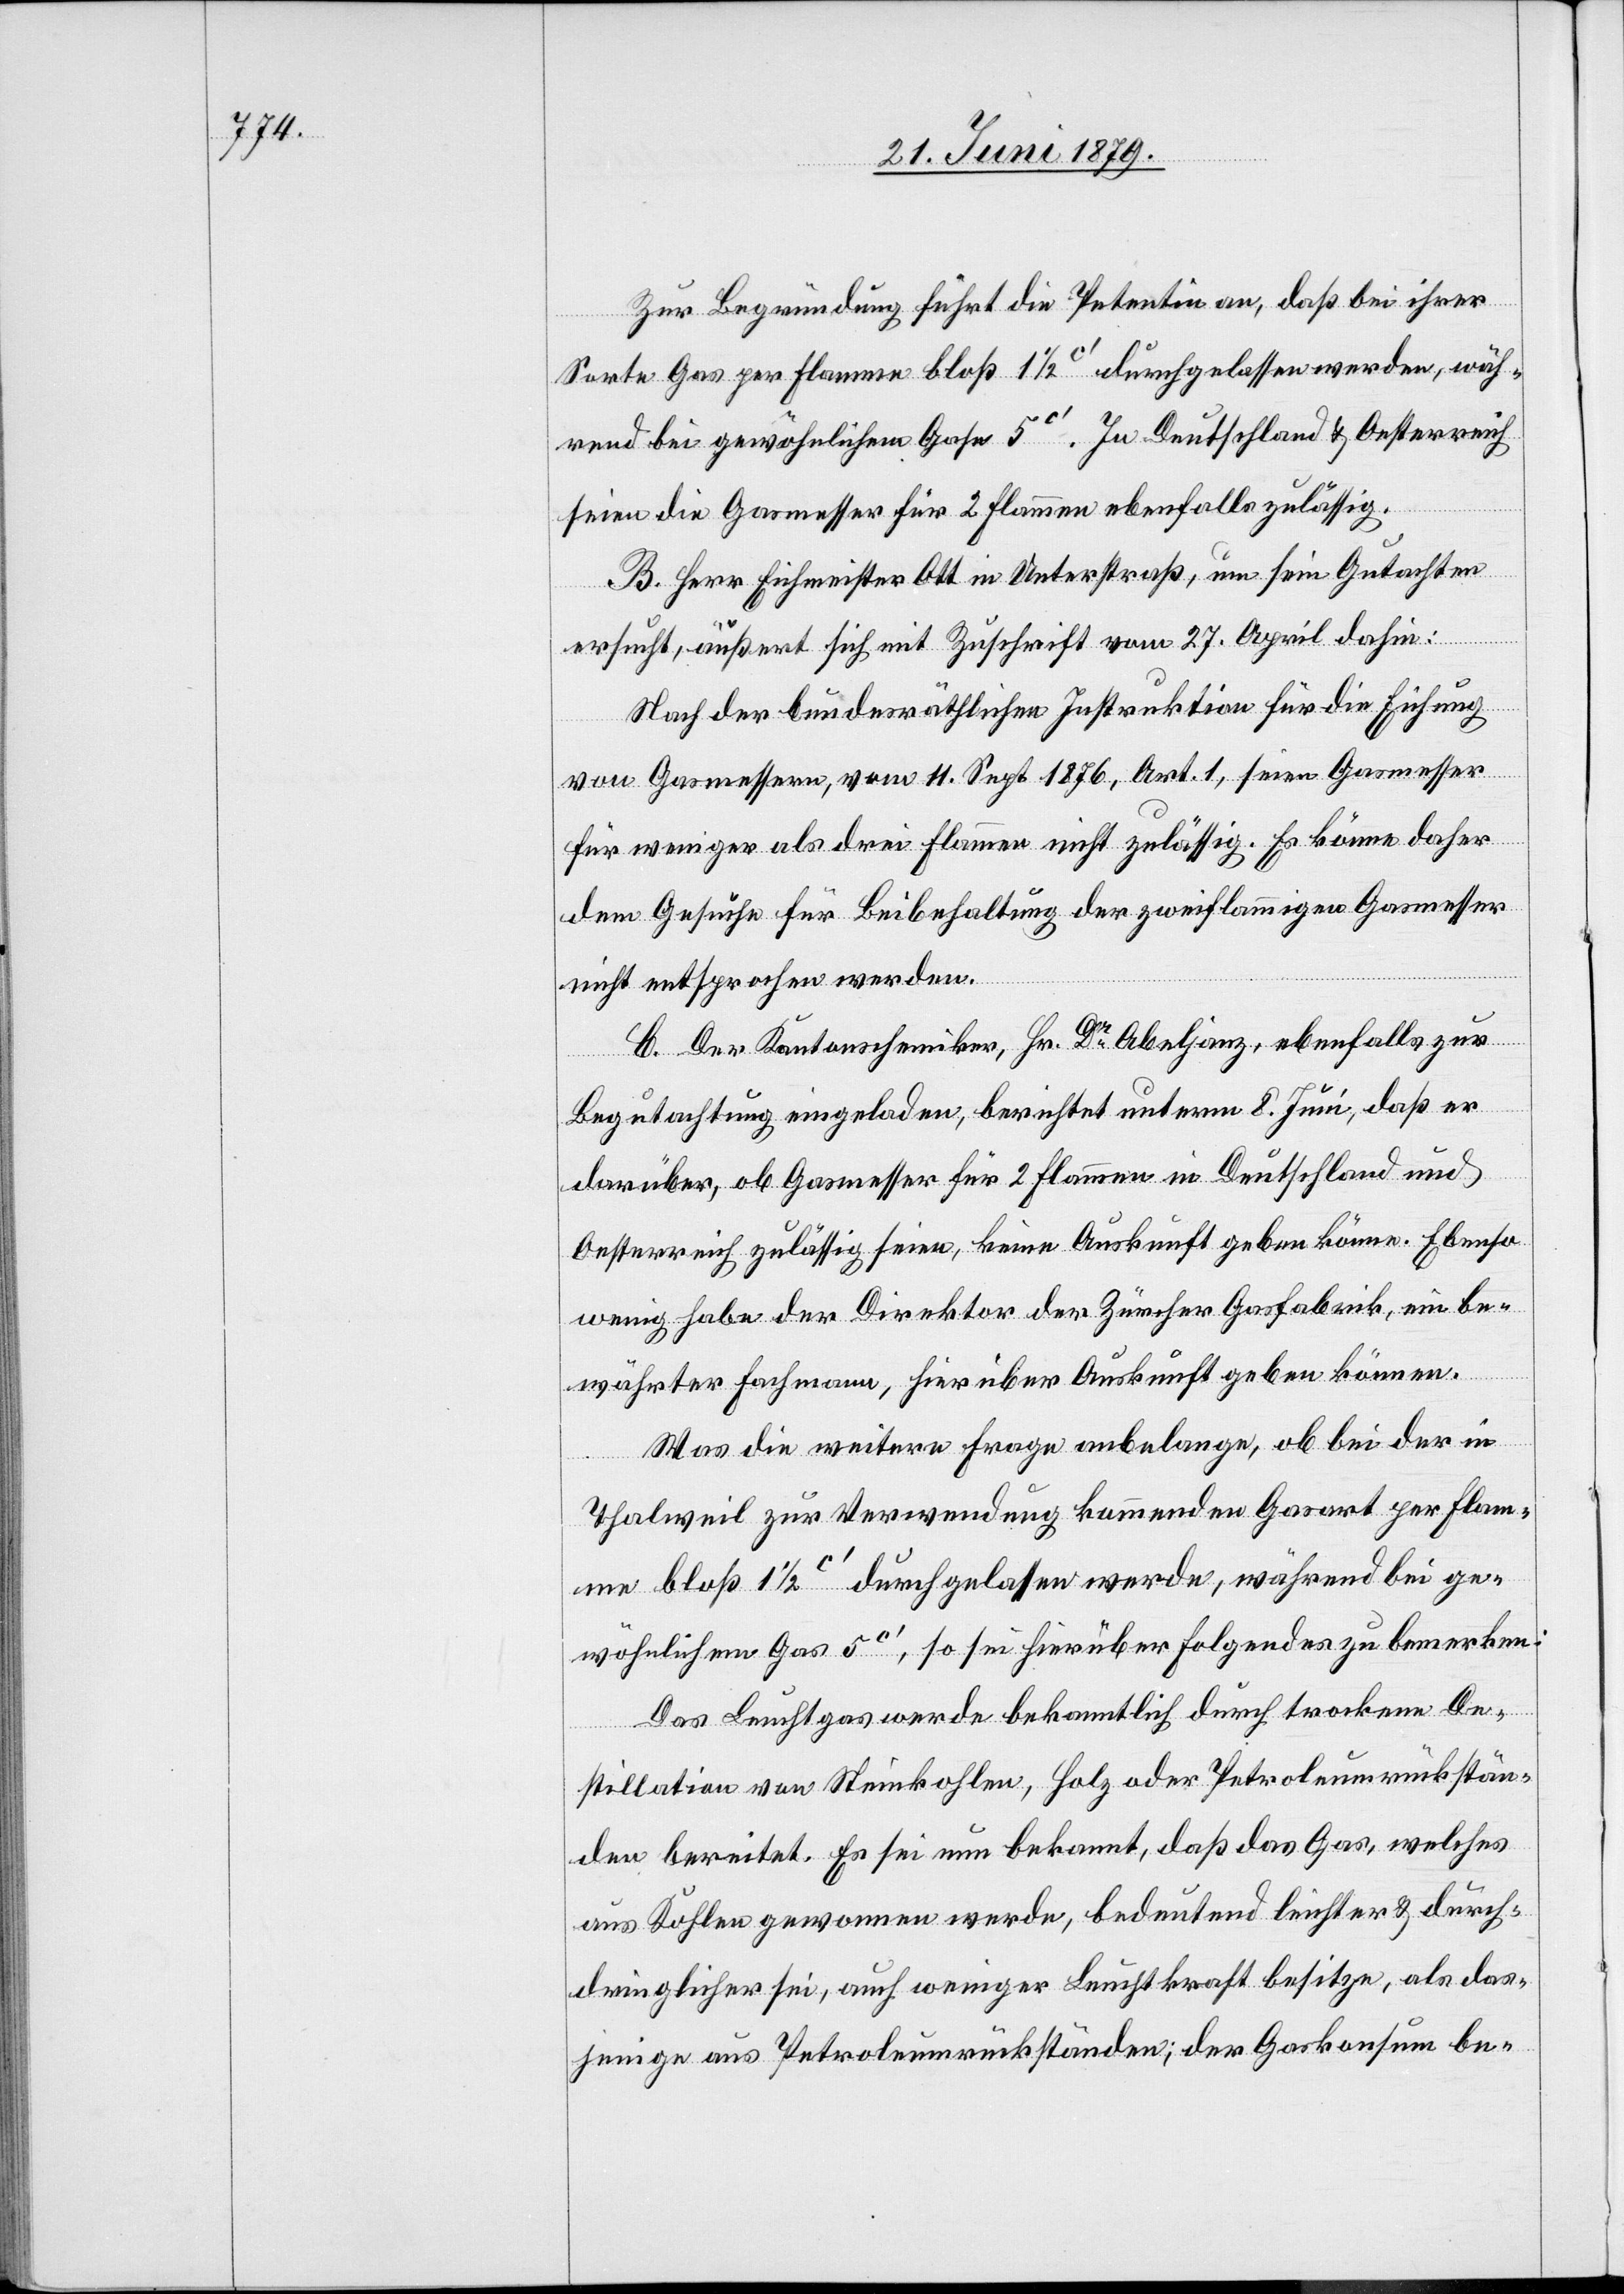
Zur Begründung führt die Petentin an, daß bei ihrer
Sorte Gas per Flamme blos 1 1/2c‘ durchgelassen werden, wäh¬
rend bei gewöhnlichen Gase 5c‘. In Deutschland & Oesterreich
seien die Gasmesser für 2 Flammen ebenfalls zulässig.
B. Herr Eichmeister Ott in Unterstraß, um sein Gutachten
ersucht, äußert sich mit Zuschrift vom 27. April dahin:
Nach der bundesräthlichen Instruktion für die Eichung
von Gasmessern, vom 11. Sept. 1876, Art. 1, seien Gasmesser
für weniger als drei Flammen nicht zulässig. Es könne daher
dem Gesuche für Beibehaltung der zweiflammigen Gasmesser
nicht entsprochen werden.
C. Der Kantonschemiker, Hr. Dr Abeljanz, ebenfalls zur
Begutachtung eingeladen, berichtet unterm 8. Juni, daß er
darüber, ob Gasmesser für 2 Flammen in Deutschland und
Oesterreich zulässig seien, keine Auskunft geben könne. Ebenso
wenig habe der Direktor der Zürcher Gasfabrik, ein be¬
währter Fachmann, hierüber Auskunft geben können.
Was die weitere Frage anbelange, ob bei der in
Thalweil zur Verwendung kommenden Gasart per Flam¬
me bloß 1 1/2c‘ durchgelassen werde, während bei ge¬
wöhnlichem Gas 5c‘, so sei hierüber Folgendes zu bemerken:
Das Leuchtgas werde bekanntlich durch trockene De¬
stillation von Steinkohlen, Holz oder Petroleumrückstän¬
den bereitet. Es sei nun bekannt, daß das Gas, welches
aus Kohlen gewonnen werde, bedeutend leichter & durch¬
dringlicher sei, auch weniger Leuchtkraft besitze, als das¬
jenige aus Petroleumrückständen; der Gaskonsum be-